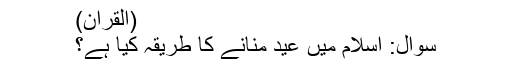
(القرآن)
سوال: اسلام میں عید منانے کا طریقہ کیا ہے؟